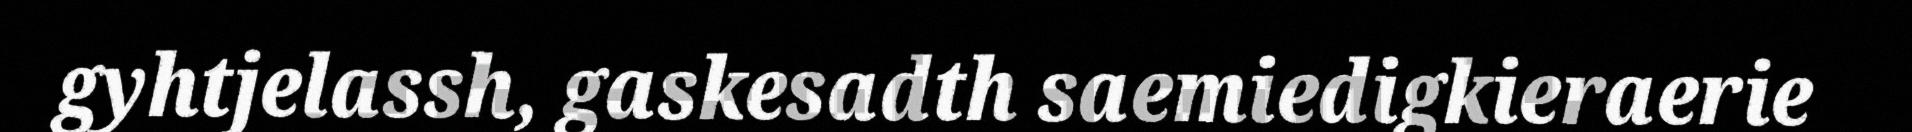
gyhtjelassh, gaskesadth saemiedigkieraerie